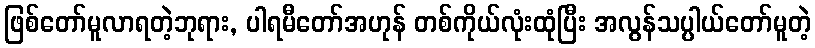
ဖြစ်တော်မူလာရတဲ့ဘုရား, ပါရမီတော်အဟုန် တစ်ကိုယ်လုံးထုံပြီး အလွန်သပ္ပါယ်တော်မူတဲ့